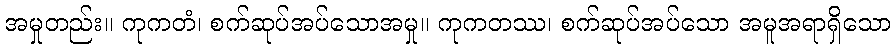
အမှုတည်း။ ကုကတံ၊ စက်ဆုပ်အပ်သောအမှု။ ကုကတဿ၊ စက်ဆုပ်အပ်သော အမူအရာရှိသော